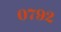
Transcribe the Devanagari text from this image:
०७९२